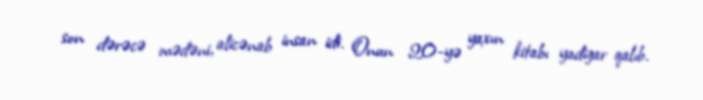
son dərəcə mədəni, alicənab insan idi. Onun 20-yə yaxın kitabı yadigar qalıb.